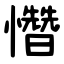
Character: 㦧